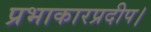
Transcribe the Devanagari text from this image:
प्रभाकारप्रदीप।